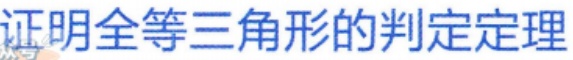
证明全等三角形的判定定理